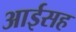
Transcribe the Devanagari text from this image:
आईसह